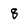
Character: 8